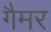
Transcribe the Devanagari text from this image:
गैमर